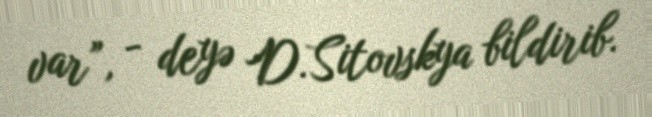
var”, - deyə D.Sitovskya bildirib.